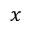
x